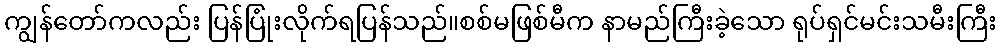
ကျွန်တော်ကလည်း ပြန်ပြုံးလိုက်ရပြန်သည်။စစ်မဖြစ်မီက နာမည်ကြီးခဲ့သော ရုပ်ရှင်မင်းသမီးကြီး